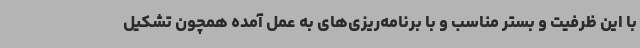
با این ظرفیت و بستر مناسب و با برنامه‌ریزی‌های به عمل آمده همچون تشکیل